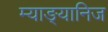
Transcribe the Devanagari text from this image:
म्याङ्यानिज